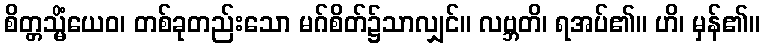
စိတ္တသ္မိံယေဝ၊ တစ်ခုတည်းသော မဂ်စိတ်၌သာလျှင်။ လဗ္ဘတိ၊ ရအပ်၏။ ဟိ၊ မှန်၏။